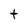
Character: t